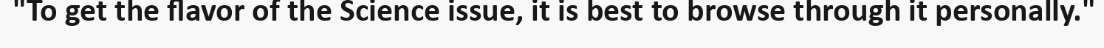
"To get the flavor of the Science issue, it is best to browse through it personally."